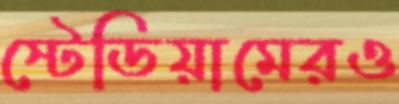
স্টেডিয়ামেরও